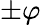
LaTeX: \pm\varphi